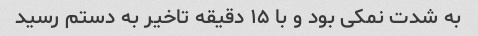
به شدت نمکی بود و با ۱۵ دقیقه تاخیر به دستم رسید